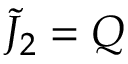
{ \tilde { J } } _ { 2 } = Q